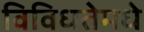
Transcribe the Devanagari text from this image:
विविधतेमधे